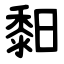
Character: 䵒